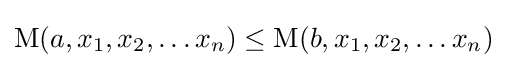
\operatorname {M} (a,x_{1},x_{2},\ldots x_{n})\leq \operatorname {M} (b,x_{1},x_{2},\ldots x_{n})